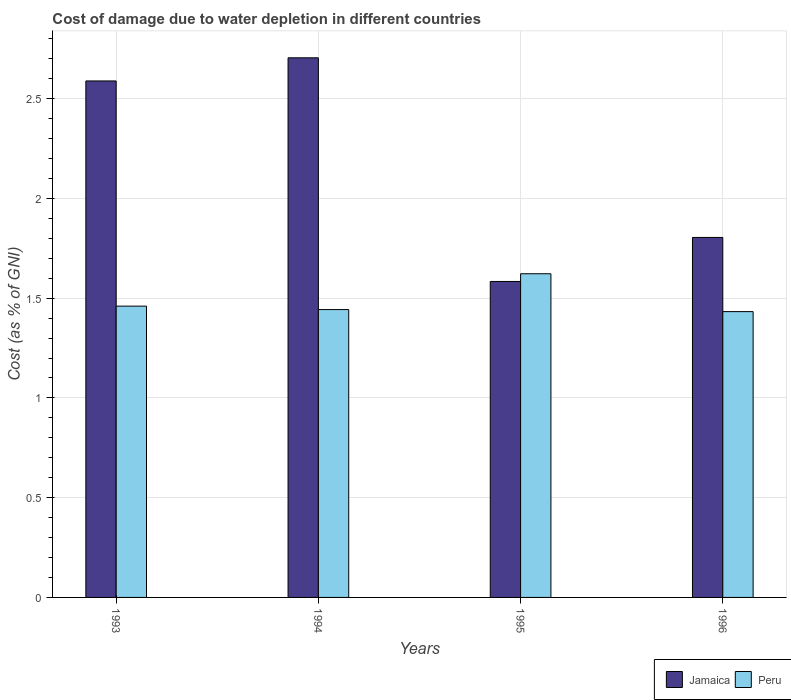
| Years | Jamaica | Peru |
 | --- | --- | --- |
 | 1993 | 2.59 | 1.46 |
 | 1994 | 2.7 | 1.44 |
 | 1995 | 1.58 | 1.62 |
 | 1996 | 1.8 | 1.43 |